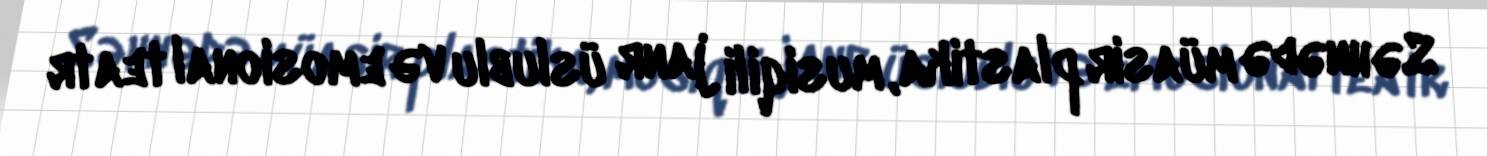
Səhnədə müasir plastika, musiqili janr üslublu və emosional teatr